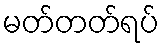
မတ်တတ်ရပ်